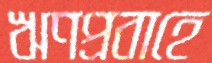
ঋণপ্রবাহে